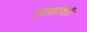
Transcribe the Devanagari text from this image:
आकांशी